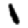
Digit: 1